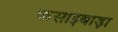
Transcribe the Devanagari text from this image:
कसाइबाड़ा